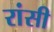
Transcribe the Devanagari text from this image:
रांसी